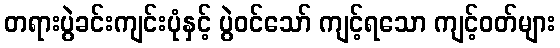
တရားပွဲခင်းကျင်းပုံနှင့် ပွဲဝင်သော် ကျင့်ရသော ကျင့်ဝတ်များ